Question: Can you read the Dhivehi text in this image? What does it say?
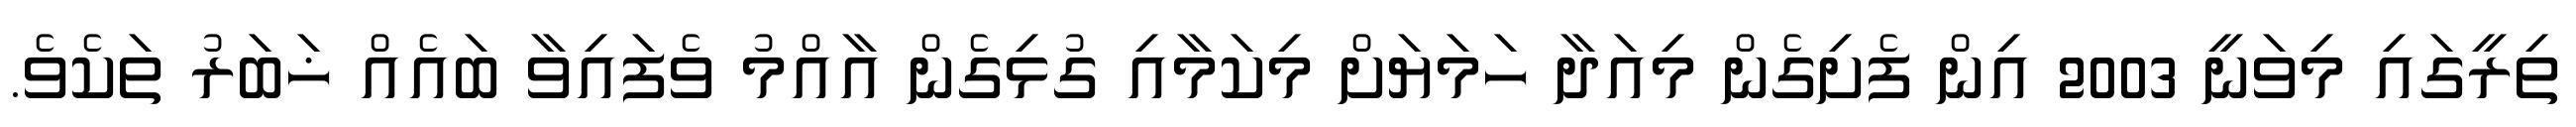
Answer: ތިރީގައި މިވަނީ 2003 އިން ފެށިގެން މިއަދާ ހަމަޔަށް މިކަމާއި ގުޅިގެން އާއްމު ވެފައިވާ ބައެއް ޚަބަރު ތަކެވެ.